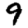
Digit: 9